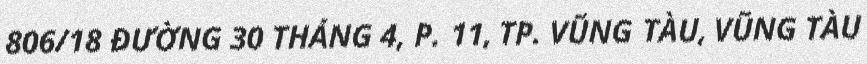
806/18 ĐƯỜNG 30 THÁNG 4, P. 11, TP. VŨNG TÀU, VŨNG TÀU